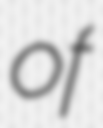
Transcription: of